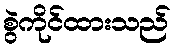
စွဲကိုင်ထားသည်